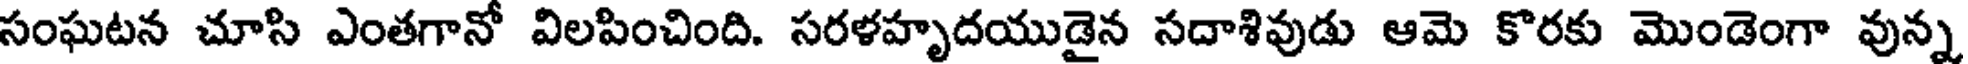
సంఘటన చూసి ఎంతగానో విలపించింది. సరళహృదయుడైన సదాశివుడు ఆమె కొరకు మొండెంగా వున్న